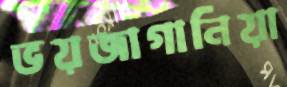
ভয়জাগানিয়া